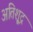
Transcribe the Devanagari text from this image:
अतिशू्द्र